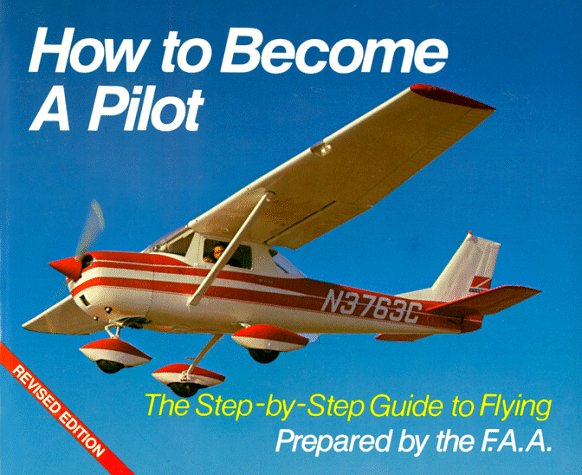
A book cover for How to Become A Pilot: The Step-by-Step Guide to Flying; Federal Aviation Administration; Engineering & Transportation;